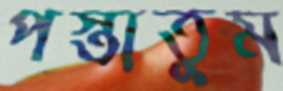
পস্তাতুম